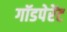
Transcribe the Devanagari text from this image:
गॉडपेरेंट